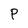
Character: P